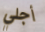
أجلي